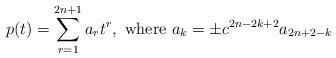
LaTeX: \begin{align*} p(t)=\sum_{r=1}^{2n+1}a_rt^r, \mbox{ where } a_k=\pm c^{2n-2k+2}a_{2n+2-k} \end{align*}